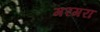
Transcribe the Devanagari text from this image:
गरगरा